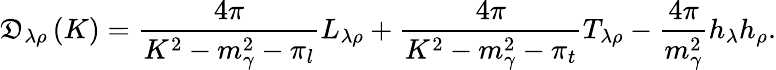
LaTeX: \mathfrak{D}_{\lambda\rho}\left(K\right)=\frac{{4\pi}}{{K^{2}-m_{\gamma}^{2}-\pi_{l}}}L_{\lambda\rho}+\frac{{4\pi}}{{K^{2}-m_{\gamma}^{2}-\pi_{t}}}T_{\lambda\rho}-\frac{{4\pi}}{{m_{\gamma}^{2}}}h_{\lambda}h_{\rho}.